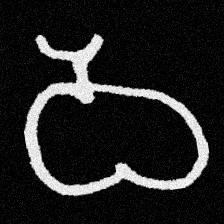
Pyu character \u2014 Myanmar letter: ဝ (romanized: wa)